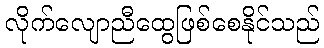
လိုက်လျောညီထွေဖြစ်စေနိုင်သည်